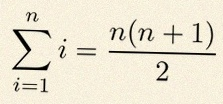
\sum_{i=1}^{n}i=\frac{n(n+1)}2